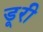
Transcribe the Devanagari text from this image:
डूरी